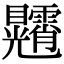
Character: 𥍕